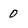
Character: 0